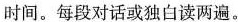
时间。每段对话或独白读两遍。